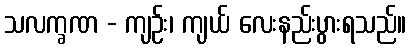
သလက္ခဏ - ကျဉ်း၊ ကျယ် လေးနည်းပွားရသည်။